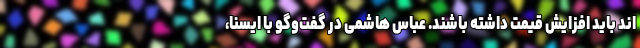
اند باید افزایش قیمت داشته باشند. عباس هاشمی در گفت‌وگو با ایسنا،